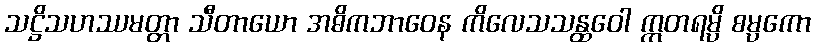
သဋ္ဌိသဟဿမတ္တာ သီတာယော အဓိကဘာဝေန ကိလေသသန္ထဝေါ ဣတရမ္ပိ စမ္ပကော